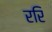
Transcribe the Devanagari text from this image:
ररि